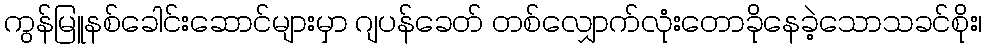
ကွန်မြူနစ်ခေါင်းဆောင်များမှာ ဂျပန်ခေတ် တစ်လျှောက်လုံးတောခိုနေခဲ့သောသခင်စိုး၊